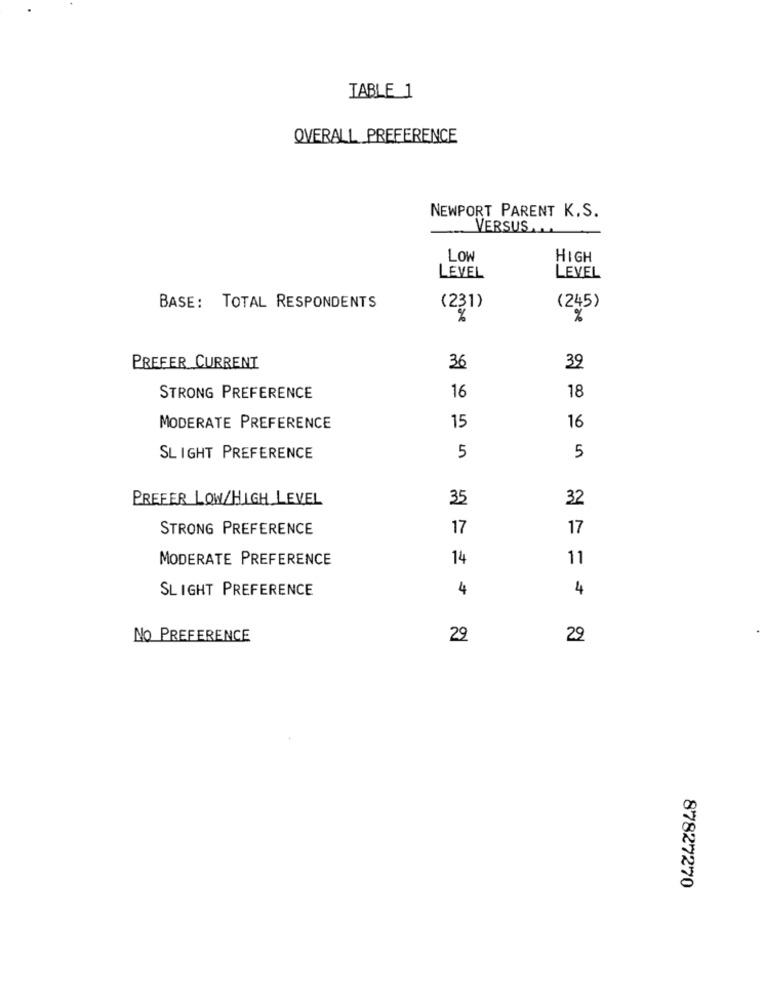
TABLE 1
OVERALL PREFERENCE
NEWPORT PARENT K.S.
VERSUS
LOW
HIGH
LEVEL
LEVEL
BASE: TOTAL RESPONDENTS
(231)
(245)
%
%
PREFER CURRENT
36
39
STRONG PREFERENCE
16
18
MODERATE PREFERENCE
15
16
SLIGHT PREFERENCE
5
5
PREFER LOW/HIGH LEVEL
35
32
STRONG PREFERENCE
17
17
MODERATE PREFERENCE
14
11
SLIGHT PREFERENCE
4
4
NO PREFERENCE
29
29
87827270